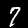
Label: 7